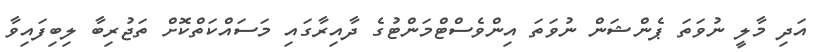
އަދި މާލީ ނުވަތަ ޕެންޝަން ނުވަތަ އިންވެސްޓްމަންޓުގެ ދާއިރާގައި މަސައްކަތްކޮށް ތަޖުރިބާ ލިބިފައިވާ